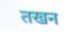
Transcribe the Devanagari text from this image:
तखन